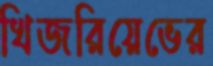
খিজরিয়েভের